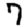
Digit: 7